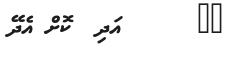
١٩      އަދި  ކޮށް އެދޭ